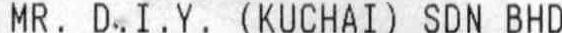
MR. D.I.Y. (KUCHAI) SDN BHD